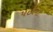
પછીના